Problem: 42 + 8 = ?
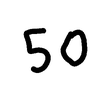
Handwritten answer: 50